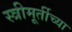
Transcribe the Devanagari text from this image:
स्त्रीमूर्तीच्या